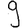
Digit: 9